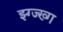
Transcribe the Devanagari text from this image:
झ्ग्ज्ख्ग